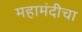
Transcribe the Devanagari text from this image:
महामंदीचा